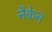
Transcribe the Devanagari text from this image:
नैकेन